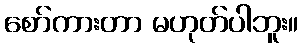
စော်ကားတာ မဟုတ်ပါဘူး။